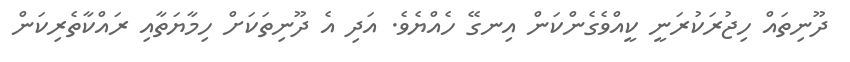
ދޫނިތައް ހިޖުރަކުރަނީ ކީއްވެގެންކަން އިނގޭ ހެއްޔެވެ. އަދި އެ ދޫނިތަކަށް ހިމާޔަތާއި ރައްކާތެރިކަން